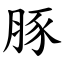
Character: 豚